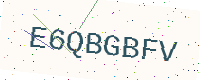
Text: E6QBGBFV